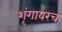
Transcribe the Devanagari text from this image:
शृंगावरच